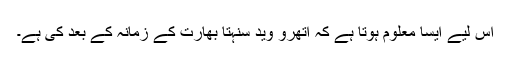
اس لیے ایسا معلوم ہوتا ہے کہ اتھرو وید سنہتا بھارت کے زمانہ کے بعد کی ہے۔